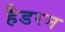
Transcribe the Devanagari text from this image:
हैडरन